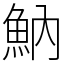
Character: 魶